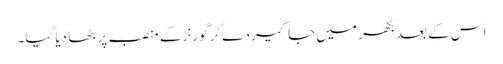
اس کے بعد بکھر میں جاگیر دے کر گورنر کے منصب پر بٹھا دیا گیا۔